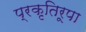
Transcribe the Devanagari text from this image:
प्रकृतिरूपा